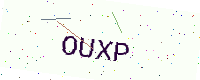
Text: OUXP